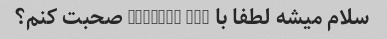
سلام میشه لطفا با sheerly lim صحبت کنم؟